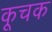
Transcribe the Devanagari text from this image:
कूचक